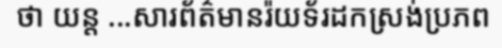
ថា យន្ត ...សារព័ត៌មានរ៉យទ័រដកស្រង់ប្រភព